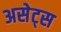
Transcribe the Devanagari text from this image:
असेट्स